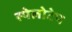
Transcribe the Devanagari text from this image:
स्पेलोटेप